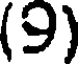
(9)